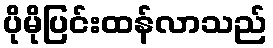
ပိုမိုပြင်းထန်လာသည်